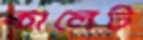
কালেট